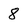
Character: 8